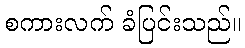
စကားလက် ခံပြင်းသည်။